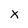
Character: X